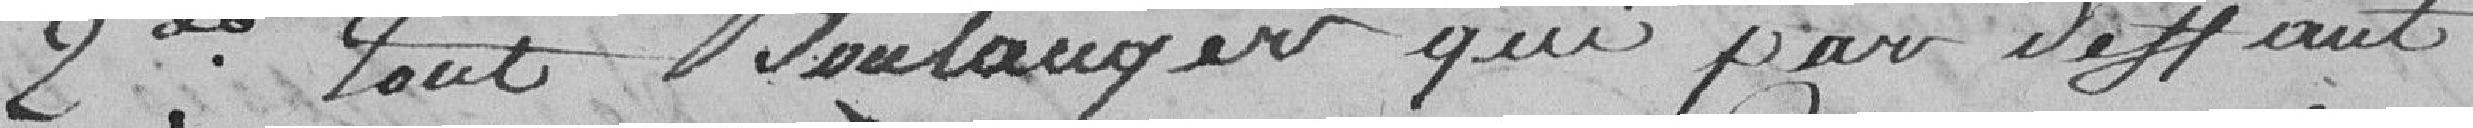
2nd : tout boulanger qui par défaut